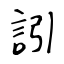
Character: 訠